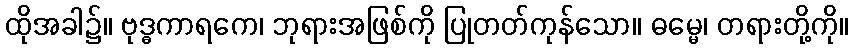
ထိုအခါ၌။ ဗုဒ္ဓကာရကေ၊ ဘုရားအဖြစ်ကို ပြုတတ်ကုန်သော။ ဓမ္မေ၊ တရားတို့ကို။